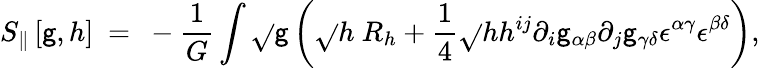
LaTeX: S_{\| }\left[\mathsf{g},h\right]~=~-{\frac{{1}}{{G}}}\int\sqrt{}{\mathsf{g}}\left(\sqrt{}{h}~R_{h}+{\frac{{1}}{{4}}}\sqrt{}{h}h^{ij}\partial_{i}\mathsf{g}_{\alpha\beta}\partial_{j}\mathsf{g}_{\gamma\delta}{\epsilon}^{\alpha\gamma}{\epsilon}^{\beta\delta}\right),